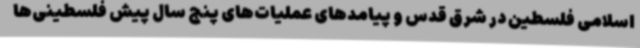
اسلامی فلسطین در شرق قدس و پیامدهای عملیات‌های پنج سال پیش فلسطینی‌ها